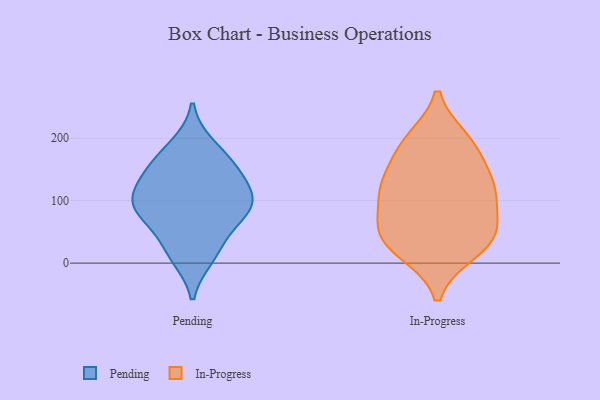
{"axis": {"x": "Net Income (USD K)", "y": "Value"}, "legend": ["In-Progress", "Pending"], "data": [{"x": "", "y": 90, "type": "Pending"}, {"x": "", "y": 163, "type": "Pending"}, {"x": "", "y": 144, "type": "Pending"}, {"x": "", "y": 146, "type": "Pending"}, {"x": "", "y": 114, "type": "Pending"}, {"x": "", "y": 22, "type": "Pending"}, {"x": "", "y": 94, "type": "Pending"}, {"x": "", "y": 95, "type": "Pending"}, {"x": "", "y": 89, "type": "Pending"}, {"x": "", "y": 59, "type": "Pending"}, {"x": "", "y": 10, "type": "Pending"}, {"x": "", "y": 188, "type": "Pending"}, {"x": "", "y": 46, "type": "In-Progress"}, {"x": "", "y": 44, "type": "In-Progress"}, {"x": "", "y": 18, "type": "In-Progress"}, {"x": "", "y": 59, "type": "In-Progress"}, {"x": "", "y": 20, "type": "In-Progress"}, {"x": "", "y": 112, "type": "In-Progress"}, {"x": "", "y": 190, "type": "In-Progress"}, {"x": "", "y": 186, "type": "In-Progress"}, {"x": "", "y": 123, "type": "In-Progress"}, {"x": "", "y": 124, "type": "In-Progress"}, {"x": "", "y": 139, "type": "In-Progress"}, {"x": "", "y": 58, "type": "In-Progress"}, {"x": "", "y": 197, "type": "In-Progress"}, {"x": "", "y": 106, "type": "In-Progress"}]}